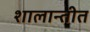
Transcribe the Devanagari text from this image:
शालान्तीत